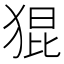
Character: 猑